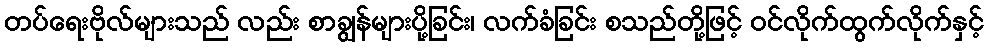
တပ်ရေးဗိုလ်များသည် လည်း စာချွန်များပို့ခြင်း၊ လက်ခံခြင်း စသည်တို့ဖြင့် ဝင်လိုက်ထွက်လိုက်နှင့်